Report of the Indian Hemp Drugs Commission, 1894-1895 - Volume IV
Year: 1894
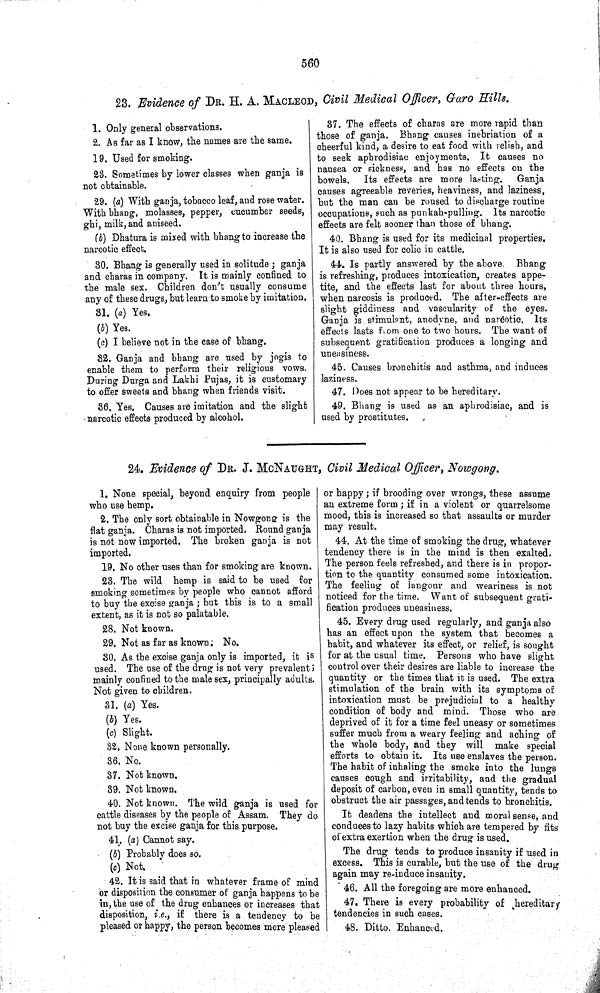
560
23. Evidence of DR. H. A. MACLEOD, Civil Medical Officer, Garo Hills.
1. Only general observations.
2. As far as I know, the names are the same.
19. Used for smoking.
23. Sometimes by lower classes when ganja is
not obtainable.
29. (a) With ganja, tobacco leaf, and rose water.
With bhang, molasses, pepper, cucumber seeds,
ghi, milk, and aniseed.
(b) Dhatura is mixed with bhang to increase the
narcotic effect.
30. Bhang is generally used in solitude; ganja
and charas in company. It is mainly confined to
the male sex. Children don't usually consume
any of these drugs, but learn to smoke by imitation.
31. (a) Yes.
(b) Yes.
(c) I believe not in the case of bhang.
32. Ganja and bhang are used by jogis to
enable them to perform their religious vows.
During Durga and Lakhi Pujas, it is customary
to offer sweets and bhang when friends visit.
36. Yes. Causes are imitation and the slight
narcotic effects produced by alcohol.
37. The effects of charas are more rapid than
those of ganja. Bhang causes inebriation of a
cheerful kind, a desire to eat food with relish, and
to seek aphrodisiac enjoyments. It causes no
nausea or sickness, and has no effects on the
bowels. Its effects are more lasting.
Ganja
causes agreeable reveries, heaviness, and laziness,
but the man can be roused to discharge routine
occupations, such as punkah-pulling. Its narcotic
effects are felt sooner than those of bhang.
40. Bhang is used for its medicinal properties.
It is also used for colic in cattle.
44. Is partly answered by the above
Bhang
is refreshing, produces intoxication, creates appe-
tite, and the effects last for about three hours,
when narcosis is produced. The after-effects are
slight giddiness and vascularity of the eyes.
Ganja is stimulant, anodyne, and narcotic. Its
effects lasts from one to two hours. The want of
subsequent gratification produces a longing and
uneasiness.
45. Causes bronchitis and asthma, and induces
laziness.
47. Does not appear to be hereditary.
49. Bhang is used as an aphrodisiac, and is
used by prostitutes.
24. Evidence of DR. J. MCNAUGHT, Civil Medical Officer, Nowgong.
1. None special, beyond enquiry from people
who use hemp.
2. The only sort obtainable in Nowgong is the
flat ganja. Charas is not imported. Round ganja
is not now imported. The broken ganja is not
imported.
19. No other uses than for smoking are known.
23. The wild hemp is said to be used for
smoking sometimes by people who cannot afford
to buy the excise ganja; but this is to a small
extent, as it is not so palatable.
28. Not known.
29. Not as far as known. No.
30. As the excise ganja only is imported, it is
used. The use of the drug is not very prevalent;
mainly confined to the male sex, principally adults.
Not given to children.
31. (a) Yes.
(b) Yes.
(c) Slight.
32. None known personally.
36. No.
37. Not known.
39. Not known.
40. Not known. The wild ganja is used for
cattle diseases by the people of Assam. They do
not buy the excise ganja for this purpose.
41. (a) Cannot say.
(b) Probably does so.
(c) Not.
42. It is said that in whatever frame of mind
or disposition the consumer of ganja happens to be
in, the use of the drug enhances or increases that
disposition, i.e., if there is a tendency to be
pleased or happy, the person becomes more pleased
or happy; if brooding over wrongs, these assume
an extreme form; if in a violent or quarrelsome
mood, this is increased so that assaults or murder
may result.
44. At the time of smoking the drug, whatever
tendency there is in the mind is then exalted.
The person feels refreshed, and there is in propor-
tion to the quantity consumed some intoxication.
The feeling of langour and weariness is not
noticed for the time. Want of subsequent grati-
fication produces uneasiness.
45. Every drug used regularly, and ganja also
has an effect upon the system that becomes a
habit, and whatever its effect, or relief, is sought
for at the usual time. Persons who have slight
control over their desires are liable to increase the
quantity or the times that it is used. The extra
stimulation of the brain with its symptoms of
intoxication must be prejudicial to a healthy
condition of body and mind. Those who are
deprived of it for a time feel uneasy or sometimes
suffer much from a weary feeling and aching of
the whole body, and they will make special
efforts to obtain it. Its use enslaves the person.
The habit of inhaling the smoke into the lungs
causes cough and irritability, and the gradual
deposit of carbon, even in small quantity, tends to
obstruct the air passages, and tends to bronchitis.
It deadens the intellect and moral sense, and
conduces to lazy habits which are tempered by fits
of extra exertion when the drug is used.
The drug tends to produce insanity if used in
excess. This is curable, but the use of the drug
again may re-induce insanity.
46. All the foregoing are more enhanced.
47. There is every probability of hereditary
tendencies in such cases.
48. Ditto. Enhanced.